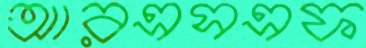
আরএসএফ